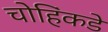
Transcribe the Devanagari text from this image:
चोहिंकडे